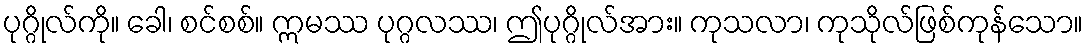
ပုဂ္ဂိုလ်ကို။ ခေါ၊ စင်စစ်။ ဣမဿ ပုဂ္ဂလဿ၊ ဤပုဂ္ဂိုလ်အား။ ကုသလာ၊ ကုသိုလ်ဖြစ်ကုန်သော။